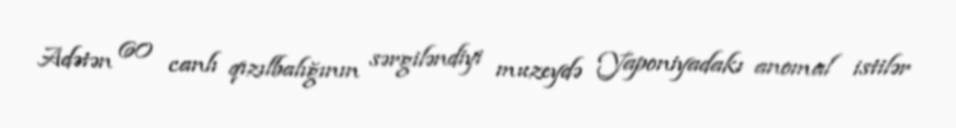
Adətən 60 canlı qızılbalığının sərgiləndiyi muzeydə Yaponiyadakı anomal istilər